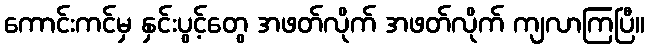
ကောင်းကင်မှ နှင်းပွင့်တွေ အဖတ်လိုက် အဖတ်လိုက် ကျလာကြပြီ။